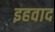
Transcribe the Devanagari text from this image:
इहवाद